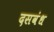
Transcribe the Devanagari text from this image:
दसवंध